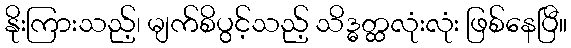
နိုးကြားသည့်၊ မျက်စိပွင့်သည့် သိဒ္ဓတ္ထလုံးလုံး ဖြစ်နေပြီ။